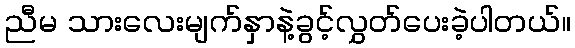
ညီမ သားလေးမျက်နှာနဲ့ခွင့်လွှတ်ပေးခဲ့ပါတယ်။